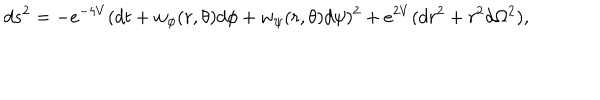
d s ^ { 2 } = - e ^ { - 4 V } ( d t + w _ { \phi } ( r , \theta ) d \phi + w _ { \psi } ( r , \theta ) d \psi ) ^ { 2 } + e ^ { 2 V } ( d r ^ { 2 } + r ^ { 2 } d \Omega ^ { 2 } ) ,